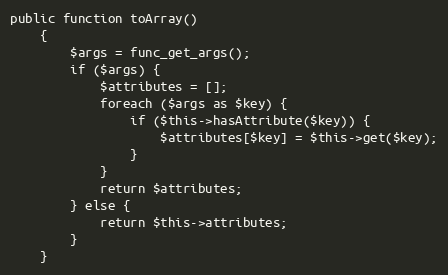
Language: PHP
public function toArray()
    {
        $args = func_get_args();
        if ($args) {
            $attributes = [];
            foreach ($args as $key) {
                if ($this->hasAttribute($key)) {
                    $attributes[$key] = $this->get($key);
                }
            }
            return $attributes;
        } else {
            return $this->attributes;
        }
    }